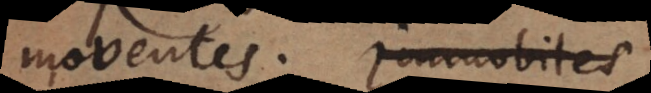
moventes. Immobiles